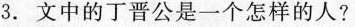
3.文中的丁晋公是一个怎样的人？